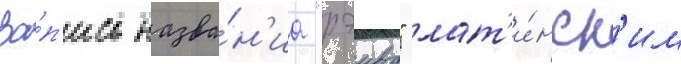
За́п'ись назва́н'иа "рэива" лат'и́нск'им